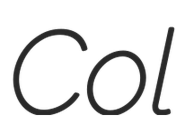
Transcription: Col